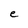
Character: e